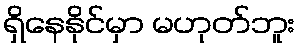
ရှိနေနိုင်မှာ မဟုတ်ဘူး